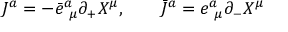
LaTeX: J ^ { a } = - \bar { e } _ { ~ \mu } ^ { a } \partial _ { + } X ^ { \mu } , \qquad \bar { J } ^ { a } = e _ { ~ \mu } ^ { a } \partial _ { - } X ^ { \mu }